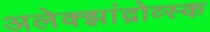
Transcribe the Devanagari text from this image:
अलेक्झांद्रोव्स्क